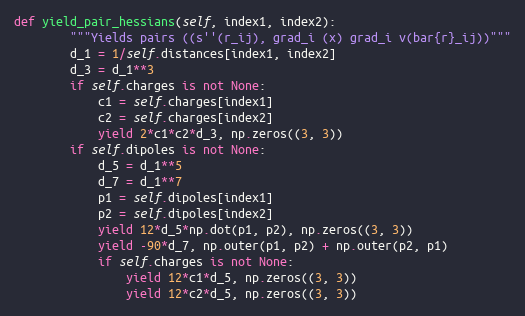
Language: Python
def yield_pair_hessians(self, index1, index2):
        """Yields pairs ((s''(r_ij), grad_i (x) grad_i v(bar{r}_ij))"""
        d_1 = 1/self.distances[index1, index2]
        d_3 = d_1**3
        if self.charges is not None:
            c1 = self.charges[index1]
            c2 = self.charges[index2]
            yield 2*c1*c2*d_3, np.zeros((3, 3))
        if self.dipoles is not None:
            d_5 = d_1**5
            d_7 = d_1**7
            p1 = self.dipoles[index1]
            p2 = self.dipoles[index2]
            yield 12*d_5*np.dot(p1, p2), np.zeros((3, 3))
            yield -90*d_7, np.outer(p1, p2) + np.outer(p2, p1)
            if self.charges is not None:
                yield 12*c1*d_5, np.zeros((3, 3))
                yield 12*c2*d_5, np.zeros((3, 3))